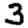
Digit: 3